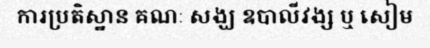
ការប្រតិស្ឋាន គណៈ សង្ឃ ឧបាលីវង្ស ឬ សៀម